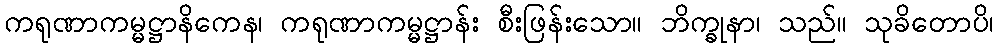
ကရုဏာကမ္မဋ္ဌာနိကေန၊ ကရုဏာကမ္မဋ္ဌာန်း စီးဖြန်းသော။ ဘိက္ခုနာ၊ သည်။ သုခိတောပိ၊